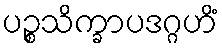
ပဉ္စသိက္ခာပဒဂ္ဂဟိံ